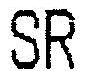
SR